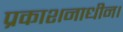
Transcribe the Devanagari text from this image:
प्रकाशनाधीन।